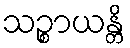
သဉ္စာယန္တိ